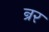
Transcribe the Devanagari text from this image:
न्रर